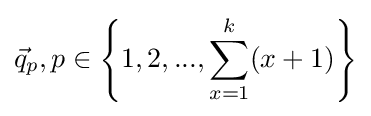
{\vec {q}}_{p},p\in \left\{1,2,...,\sum _{x=1}^{k}(x+1)\right\}